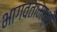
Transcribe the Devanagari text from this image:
भागवतामध्ये